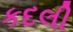
કદલી